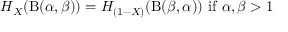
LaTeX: H _ { X } ( \mathrm { B } ( \alpha , \beta ) ) = H _ { ( 1 - X ) } ( \mathrm { B } ( \beta , \alpha ) ) { \mathrm { ~ i f ~ } } \alpha , \beta > 1